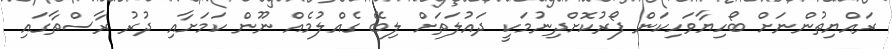
ރައްޔިތުންނަށް ބޯހިޔާވަހިކަން ފޯރުކޮށްދިނުމަކީ ދައުލަތަށް ލިބޭ ގެއްލުމެއް ނޫން ކަމަށާއި ދުރު ރާސްތާގައި